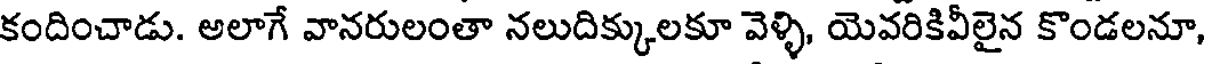
కందించాడు. అలాగే వానరులంతా నలుదిక్కులకూ వెళ్ళి, యెవరికివీలైన కొండలనూ,